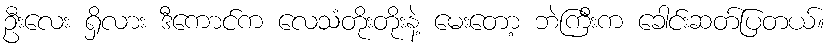
ဦးလေး ရှိလား ဒီကောင်က လေသံတိုးတိုးနဲ့ မေးတော့ ဘဲကြီးက ခေါင်းဆတ်ပြတယ်။